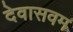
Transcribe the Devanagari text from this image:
देवासवम